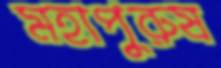
মহাপুরুষ